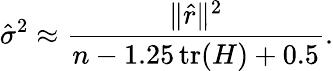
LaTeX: {\hat{\sigma}}^{2}\approx{\frac{\| {\hat{r}}\| ^{2}}{n-1.25\operatorname{tr}(H)+0.5}}.